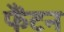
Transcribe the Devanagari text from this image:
फैंटन